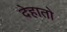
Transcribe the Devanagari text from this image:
देहातो